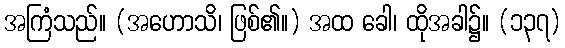
အကြံသည်။ (အဟောသိ၊ ဖြစ်၏။) အထ ခေါ၊ ထိုအခါ၌။ (၁၃၇)